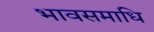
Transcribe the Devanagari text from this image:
भावसमाधि